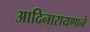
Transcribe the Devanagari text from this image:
आदिनारायणाने